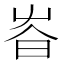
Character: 𡴏